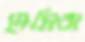
মেসিরা